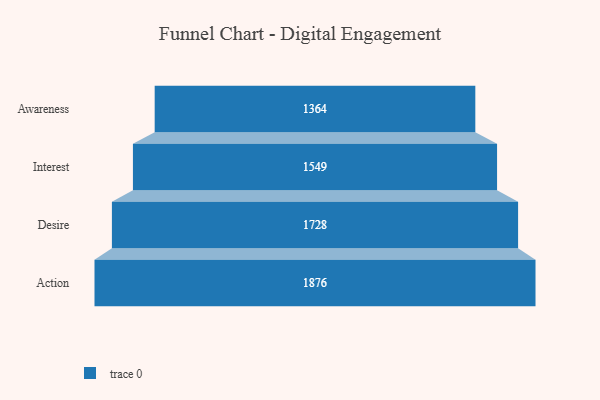
{"axis": {"x": "Stage", "y": "Value"}, "legend": [""], "data": [{"x": "Awareness", "y": 1364.0, "type": ""}, {"x": "Interest", "y": 1549.0, "type": ""}, {"x": "Desire", "y": 1728.0, "type": ""}, {"x": "Action", "y": 1876.0, "type": ""}]}